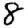
Digit: 8